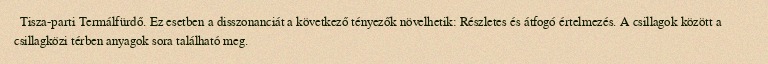
Tisza-parti Termálfürdő. Ez esetben a disszonanciát a következő tényezők növelhetik: Részletes és átfogó értelmezés. A csillagok között a csillagközi térben anyagok sora található meg.